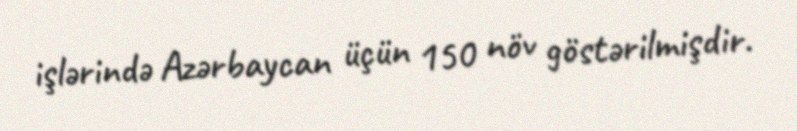
işlərində Azərbaycan üçün 150 növ göstərilmişdir.